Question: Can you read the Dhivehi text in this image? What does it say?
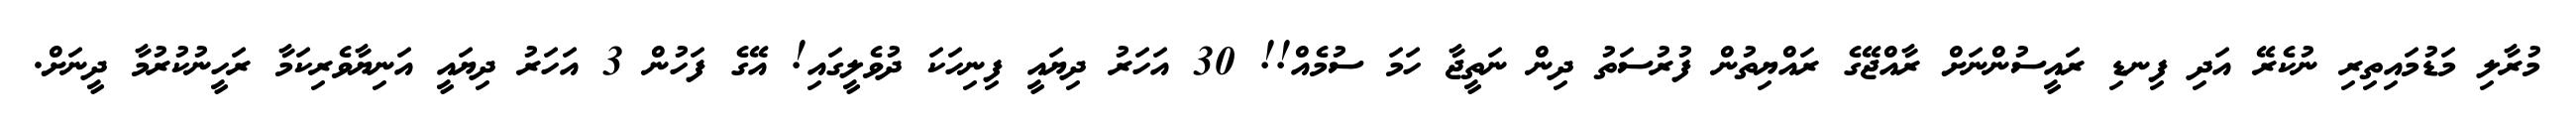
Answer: މުރާލި މަޑުމައިތިރި ނުކެރޭ އަދި ފިނޑި ރައީސުންނަށް ރާއްޖޭގެ ރައްޔިތުން ފުރުސަތު ދިން ނަތީޖާ ހަމަ ސުމެއް!! 30 އަހަރު ދިޔައީ ފިނިހަކަ ދުވެލީގައި! އޭގެ ފަހުން 3 އަހަރު ދިޔައީ އަނިޔާވެރިކަމާ ރަހީނުކުރުމާ ދީނަށް.